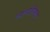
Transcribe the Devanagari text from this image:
व्यंग्यचित्रात